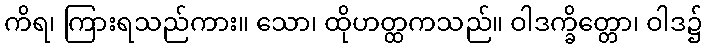
ကိရ၊ ကြားရသည်ကား။ သော၊ ထိုဟတ္ထကသည်။ ဝါဒက္ခိတ္တော၊ ဝါဒ၌